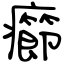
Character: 癤